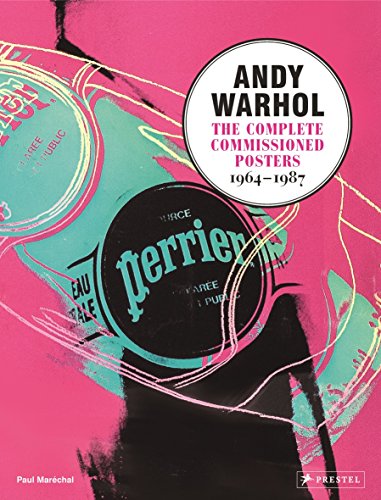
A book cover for Andy Warhol: The Complete Commissioned Posters, 1964-1987; Paul Marechal; Arts & Photography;